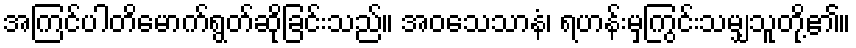
အကြင်ပါတိမောက်ရွတ်ဆိုခြင်းသည်။ အဝသေသာနံ၊ ရဟန်းမှကြွင်းသမျှသူတို့၏။